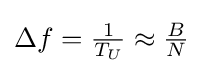
{\textstyle \Delta f={\frac {1}{T_{U}}}\approx {\frac {B}{N}}}